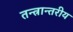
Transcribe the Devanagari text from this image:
तन्त्रान्तरीय